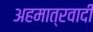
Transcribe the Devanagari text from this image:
अहमात्रवादी